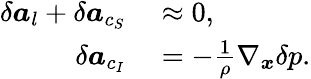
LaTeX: \begin{array}{rl}{\delta\boldsymbol{a}_{l}+\delta\boldsymbol{a}_{c_{S}}}&{{}\approx 0,}\\ {\delta\boldsymbol{a}_{c_{I}}}&{{}=-\frac{1}{\rho}\nabla_{\boldsymbol{x}}\delta p.}\end{array}